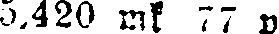
5,420 mk 77 p